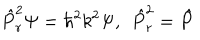
\hat { P } _ { r } ^ { 2 } \Psi = \hbar ^ { 2 } k ^ { 2 } \Psi , \; \, \hat { P } _ { r } ^ { 2 } = \hat { P }